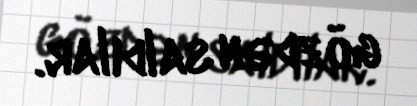
gözdən saldılar.